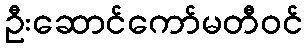
ဦးဆောင်ကော်မတီဝင်